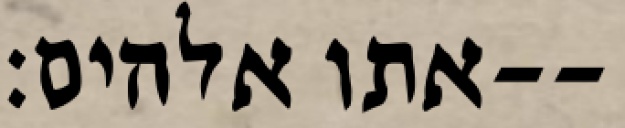
אתו אלהים׃--